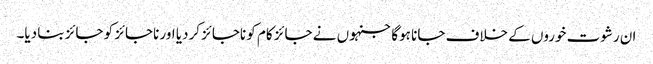
ان رشوت خوروں کے خلاف جانا ہوگا جنہوں نے جائز کام کو ناجائز کردیا اور ناجائز کو جائز بنا دیا۔